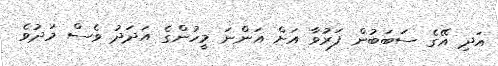
އަދި އޭގެ ސަބަބުން ފަރުވާ އަށް އަންނަ މީހުންގެ އަދަދު ވެސް މަދުވެ